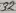
Text: 32